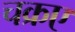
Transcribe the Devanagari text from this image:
चक्रए